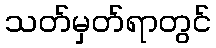
သတ်မှတ်ရာတွင်